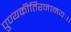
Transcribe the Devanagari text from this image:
पुण्यकीर्तिरनामयः।।